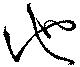
池